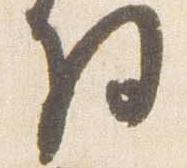
将